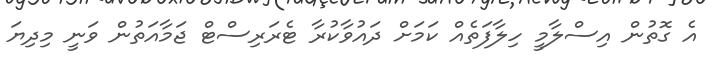
އެ ގޮތުން އިސްލާމީ ހިލާފަތެއް ކަމަށް ދައުވާކުރާ ޓެރަރިސްޓް ޖަމާއަތުން ވަނީ މިދިޔަ